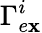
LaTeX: \Gamma_{e\mathbf{x}}^{i}